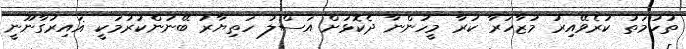
ތުހުމަތު ކުރެވޭއިރު މުޒާހަރާ ކުރާ މީހުންނާ ދެކޮޅަށް އަސްލު ހަތިޔާރު ބޭނުންކުރުމަކީ ޣައިރުގާނޫނީ